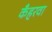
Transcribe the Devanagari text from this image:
कँहरवा